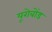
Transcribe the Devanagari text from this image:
यूरोबोंड